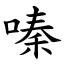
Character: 嗪